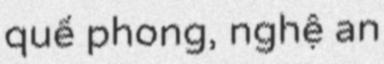
quế phong, nghệ an